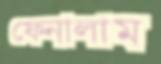
ফেনালাম